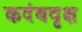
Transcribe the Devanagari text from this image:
कदंबवृक्ष